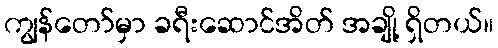
ကျွန်တော်မှာ ခရီးဆောင်အိတ် အချို့ ရှိတယ်။